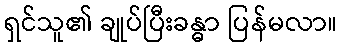
ရှင်သူ၏ ချုပ်ပြီးခန္ဓာ ပြန်မလာ။